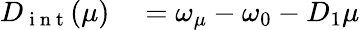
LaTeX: \begin{array}{rl}{D_{\mathrm{~i~n~t~}}(\mu)}&{{}=\omega_{\mu}-\omega_{0}-D_{1}\mu}\end{array}